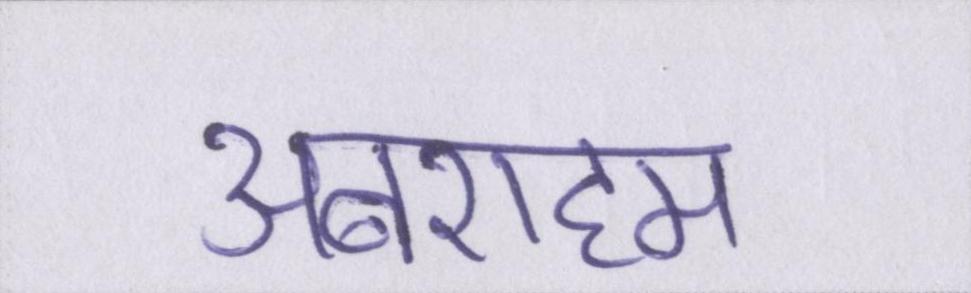
अबराहम